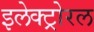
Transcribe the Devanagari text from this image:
इलेक्ट्रोरल